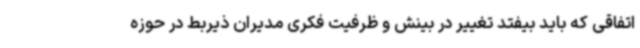
اتفاقی که باید بیفتد تغییر در بینش و ظرفیت فکری مدیران ذیربط در حوزه